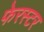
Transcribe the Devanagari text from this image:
फेरस्टर